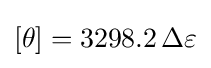
[\theta ]=3298.2\,\Delta \varepsilon